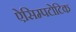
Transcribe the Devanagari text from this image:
ऐसिम्पटोटिक